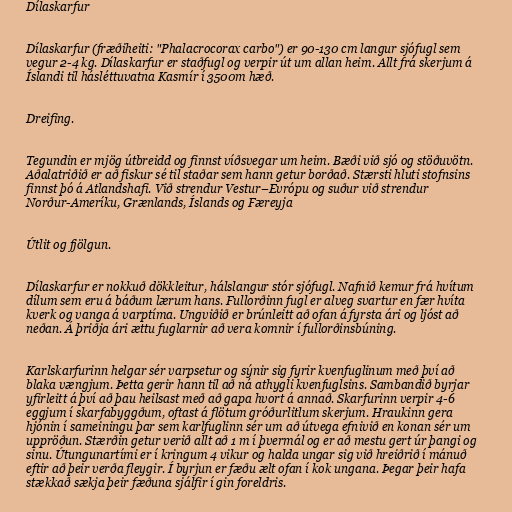
Dílaskarfur

Dílaskarfur (fræðiheiti: "Phalacrocorax carbo") er 90-130 cm langur sjófugl sem
vegur 2-4 kg. Dílaskarfur er staðfugl og verpir út um allan heim. Allt frá skerjum á
Íslandi til hásléttuvatna Kasmír í 3500m hæð.

Dreifing.

Tegundin er mjög útbreidd og finnst víðsvegar um heim. Bæði við sjó og stöðuvötn.
Aðalatriðið er að fiskur sé til staðar sem hann getur borðað. Stærsti hluti stofnsins
finnst þó á Atlandshafi. Við strendur Vestur–Evrópu og suður við strendur
Norður-Ameríku, Grænlands, Íslands og Færeyja

Útlit og fjölgun.

Dílaskarfur er nokkuð dökkleitur, hálslangur stór sjófugl. Nafnið kemur frá hvítum
dílum sem eru á báðum lærum hans. Fullorðinn fugl er alveg svartur en fær hvíta
kverk og vanga á varptíma. Ungviðið er brúnleitt að ofan á fyrsta ári og ljóst að
neðan. Á þriðja ári ættu fuglarnir að vera komnir í fullorðinsbúning.

Karlskarfurinn helgar sér varpsetur og sýnir sig fyrir kvenfuglinum með því að
blaka vængjum. Þetta gerir hann til að ná athygli kvenfuglsins. Sambandið byrjar
yfirleitt á því að þau heilsast með að gapa hvort á annað. Skarfurinn verpir 4-6
eggjum í skarfabyggðum, oftast á flötum gróðurlitlum skerjum. Hraukinn gera
hjónin í sameiningu þar sem karlfuglinn sér um að útvega efnivið en konan sér um
uppröðun. Stærðin getur verið allt að 1 m í þvermál og er að mestu gert úr þangi og
sinu. Útungunartími er í kringum 4 vikur og halda ungar sig við hreiðrið í mánuð
eftir að þeir verða fleygir. Í byrjun er fæðu ælt ofan í kok ungana. Þegar þeir hafa
stækkað sækja þeir fæðuna sjálfir í gin foreldris.